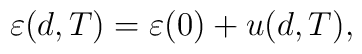
\varepsilon(d,T) = \varepsilon(0) + u(d,T),